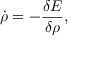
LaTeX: \dot { \rho } = - \frac { \delta E } { \delta \rho } ,